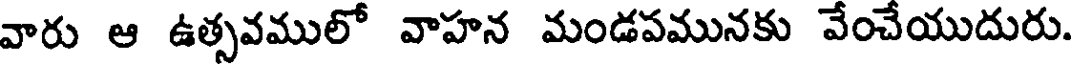
వారు ఆ ఉత్సవములో వాహన మండపమునకు వేంచేయుదురు.